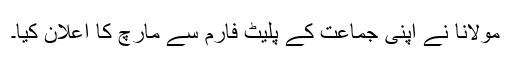
مولانا نے اپنی جماعت کے پلیٹ فارم سے مارچ کا اعلان کیا۔